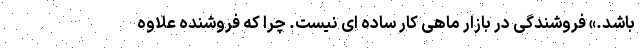
باشد.» فروشندگی در بازار ماهی کار ساده ای نیست. چرا که فروشنده علاوه